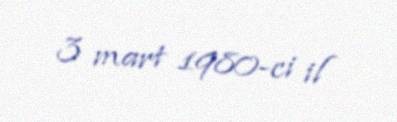
3 mart 1980-ci il